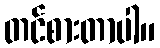
တင်စားတာပါ။